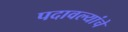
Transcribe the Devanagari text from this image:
पदावल्यांचे